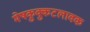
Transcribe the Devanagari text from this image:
मेषकुक्कुटलावक